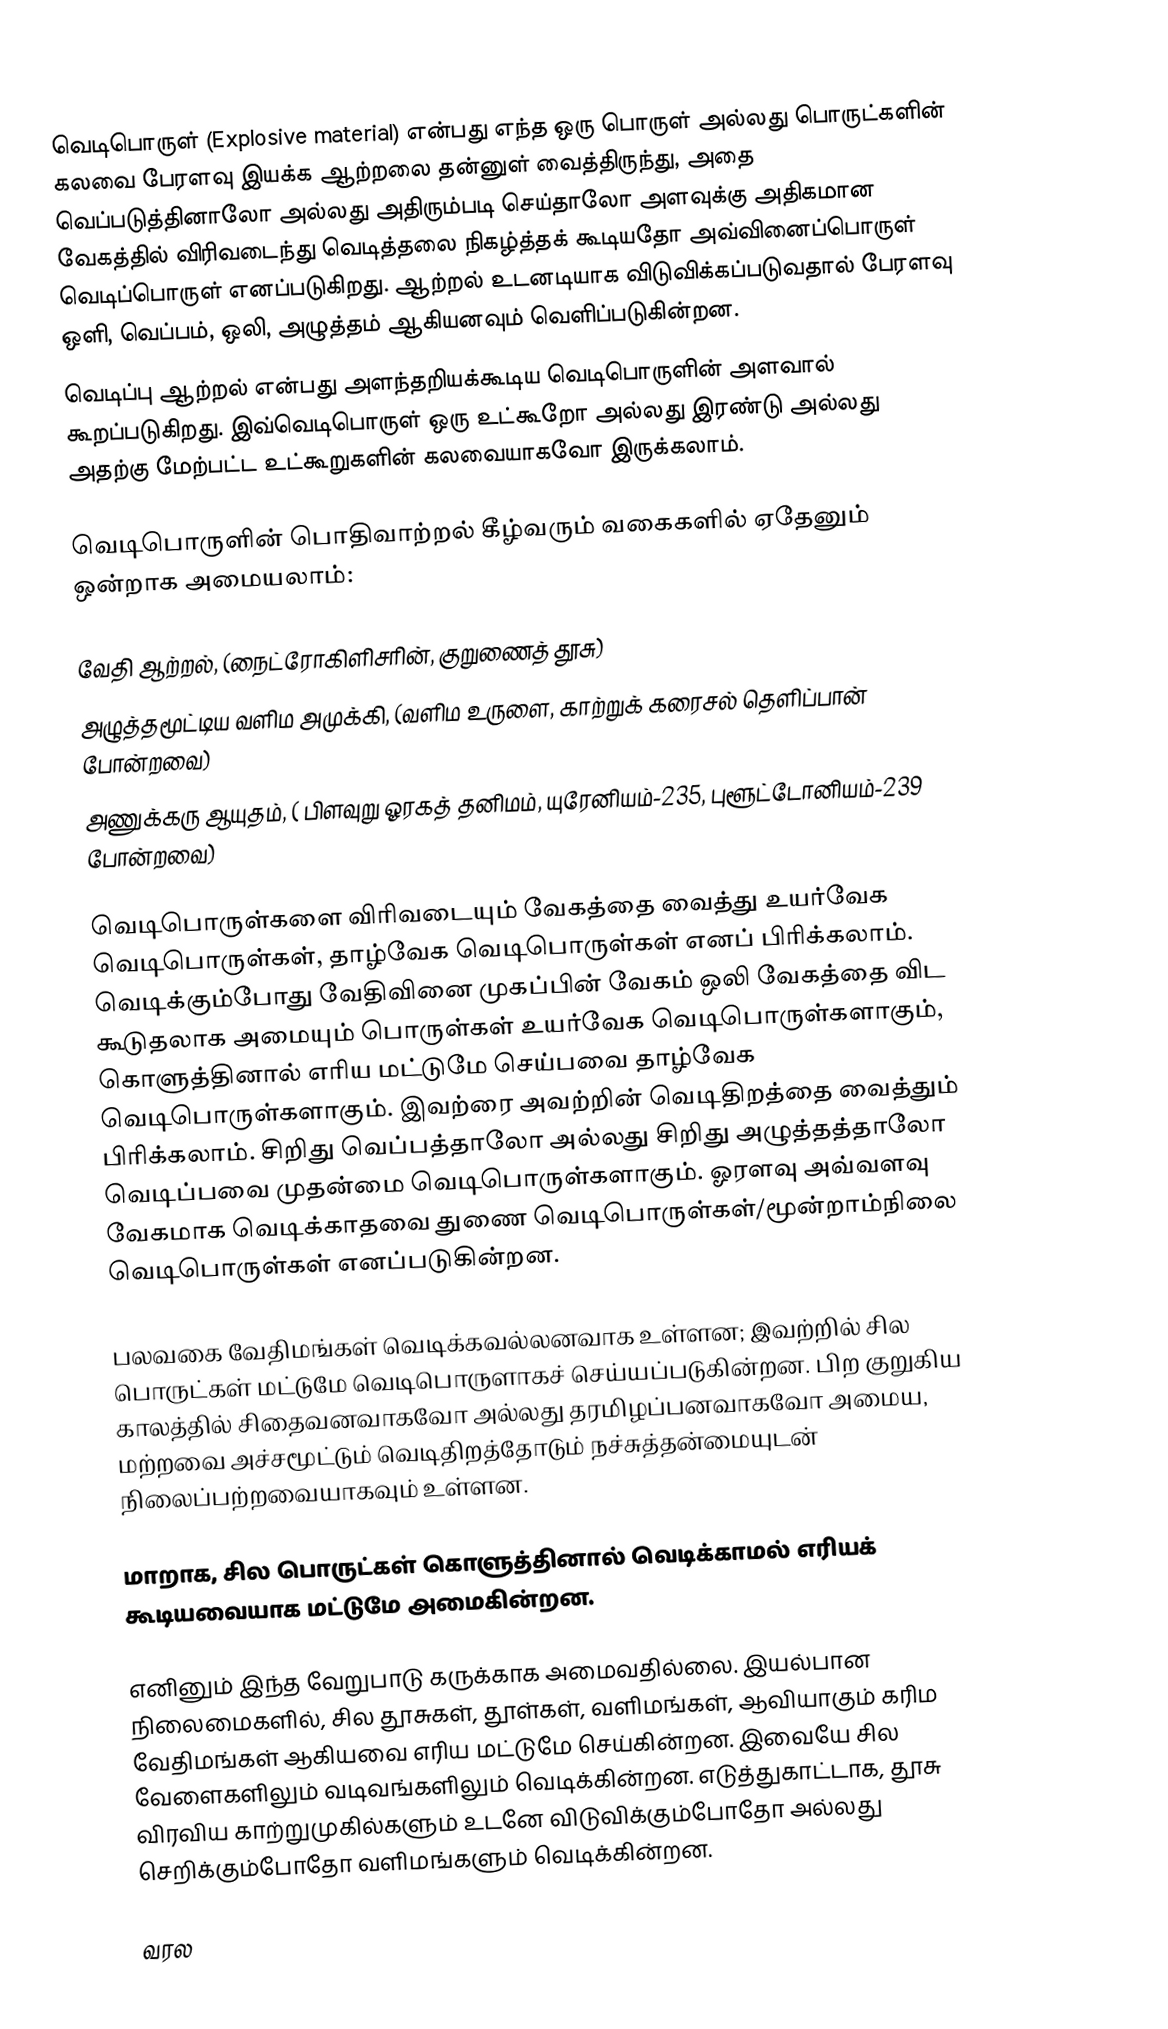
வெடிபொருள் (Explosive material) என்பது எந்த ஒரு பொருள் அல்லது பொருட்களின் கலவை பேரளவு இயக்க ஆற்றலை தன்னுள் வைத்திருந்து, அதை வெப்படுத்தினாலோ அல்லது அதிரும்படி செய்தாலோ அளவுக்கு அதிகமான வேகத்தில்  விரிவடைந்து வெடித்தலை நிகழ்த்தக் கூடியதோ அவ்வினைப்பொருள் வெடிப்பொருள் எனப்படுகிறது.  ஆற்றல் உடனடியாக விடுவிக்கப்படுவதால்  பேரளவு ஒளி, வெப்பம், ஒலி, அழுத்தம் ஆகியனவும் வெளிப்படுகின்றன.
வெடிப்பு ஆற்றல் என்பது அளந்தறியக்கூடிய வெடிபொருளின் அளவால் கூறப்படுகிறது. இவ்வெடிபொருள் ஒரு உட்கூறோ அல்லது இரண்டு அல்லது அதற்கு மேற்பட்ட உட்கூறுகளின் கலவையாகவோ இருக்கலாம்.

வெடிபொருளின் பொதிவாற்றல் கீழ்வரும் வகைகளில் ஏதேனும் ஒன்றாக அமையலாம்:

 வேதி ஆற்றல், (நைட்ரோகிளிசரின், குறுணைத் தூசு)
 அழுத்தமூட்டிய வளிம அமுக்கி,  (வளிம உருளை,  காற்றுக் கரைசல் தெளிப்பான் போன்றவை)
 அணுக்கரு ஆயுதம், ( பிளவுறு ஓரகத் தனிமம்,  யுரேனியம்-235,  புளூட்டோனியம்-239 போன்றவை)

வெடிபொருள்களை விரிவடையும் வேகத்தை வைத்து உயர்வேக வெடிபொருள்கள், தாழ்வேக வெடிபொருள்கள் எனப் பிரிக்கலாம். வெடிக்கும்போது வேதிவினை முகப்பின் வேகம் ஒலி வேகத்தை விட கூடுதலாக அமையும் பொருள்கள் உயர்வேக வெடிபொருள்களாகும், கொளுத்தினால் எரிய மட்டுமே செய்பவை தாழ்வேக வெடிபொருள்களாகும். இவற்ரை அவற்றின் வெடிதிறத்தை வைத்தும் பிரிக்கலாம். சிறிது வெப்பத்தாலோ அல்லது சிறிது அழுத்தத்தாலோ வெடிப்பவை முதன்மை வெடிபொருள்களாகும். ஓரளவு அவ்வளவு வேகமாக வெடிக்காதவை துணை வெடிபொருள்கள்/மூன்றாம்நிலை வெடிபொருள்கள் எனப்படுகின்றன.

பலவகை வேதிமங்கள் வெடிக்கவல்லனவாக உள்ளன;  இவற்றில் சில பொருட்கள் மட்டுமே வெடிபொருளாகச் செய்யப்படுகின்றன. பிற குறுகிய காலத்தில் சிதைவனவாகவோ அல்லது தரமிழப்பனவாகவோ அமைய, மற்றவை அச்சமூட்டும் வெடிதிறத்தோடும் நச்சுத்தன்மையுடன் நிலைப்பற்றவையாகவும் உள்ளன.

மாறாக, சில பொருட்கள் கொளுத்தினால் வெடிக்காமல் எரியக் கூடியவையாக மட்டுமே அமைகின்றன.

எனினும் இந்த வேறுபாடு கருக்காக அமைவதில்லை. இயல்பான நிலைமைகளில், சில தூசுகள், தூள்கள், வளிமங்கள், ஆவியாகும் கரிம வேதிமங்கள் ஆகியவை எரிய மட்டுமே செய்கின்றன. இவையே சில வேளைகளிலும் வடிவங்களிலும் வெடிக்கின்றன. எடுத்துகாட்டாக, தூசு விரவிய காற்றுமுகில்களும் உடனே விடுவிக்கும்போதோ அல்லது செறிக்கும்போதோ   வளிமங்களும் வெடிக்கின்றன.

வரல